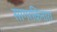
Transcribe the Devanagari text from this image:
सागरकिनारा